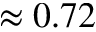
\approx 0 . 7 2